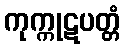
ကုက္ကုဋပတ္တံ